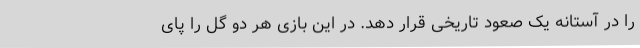
را در آستانه یک صعود تاریخی قرار دهد. در این بازی هر دو گل را پای